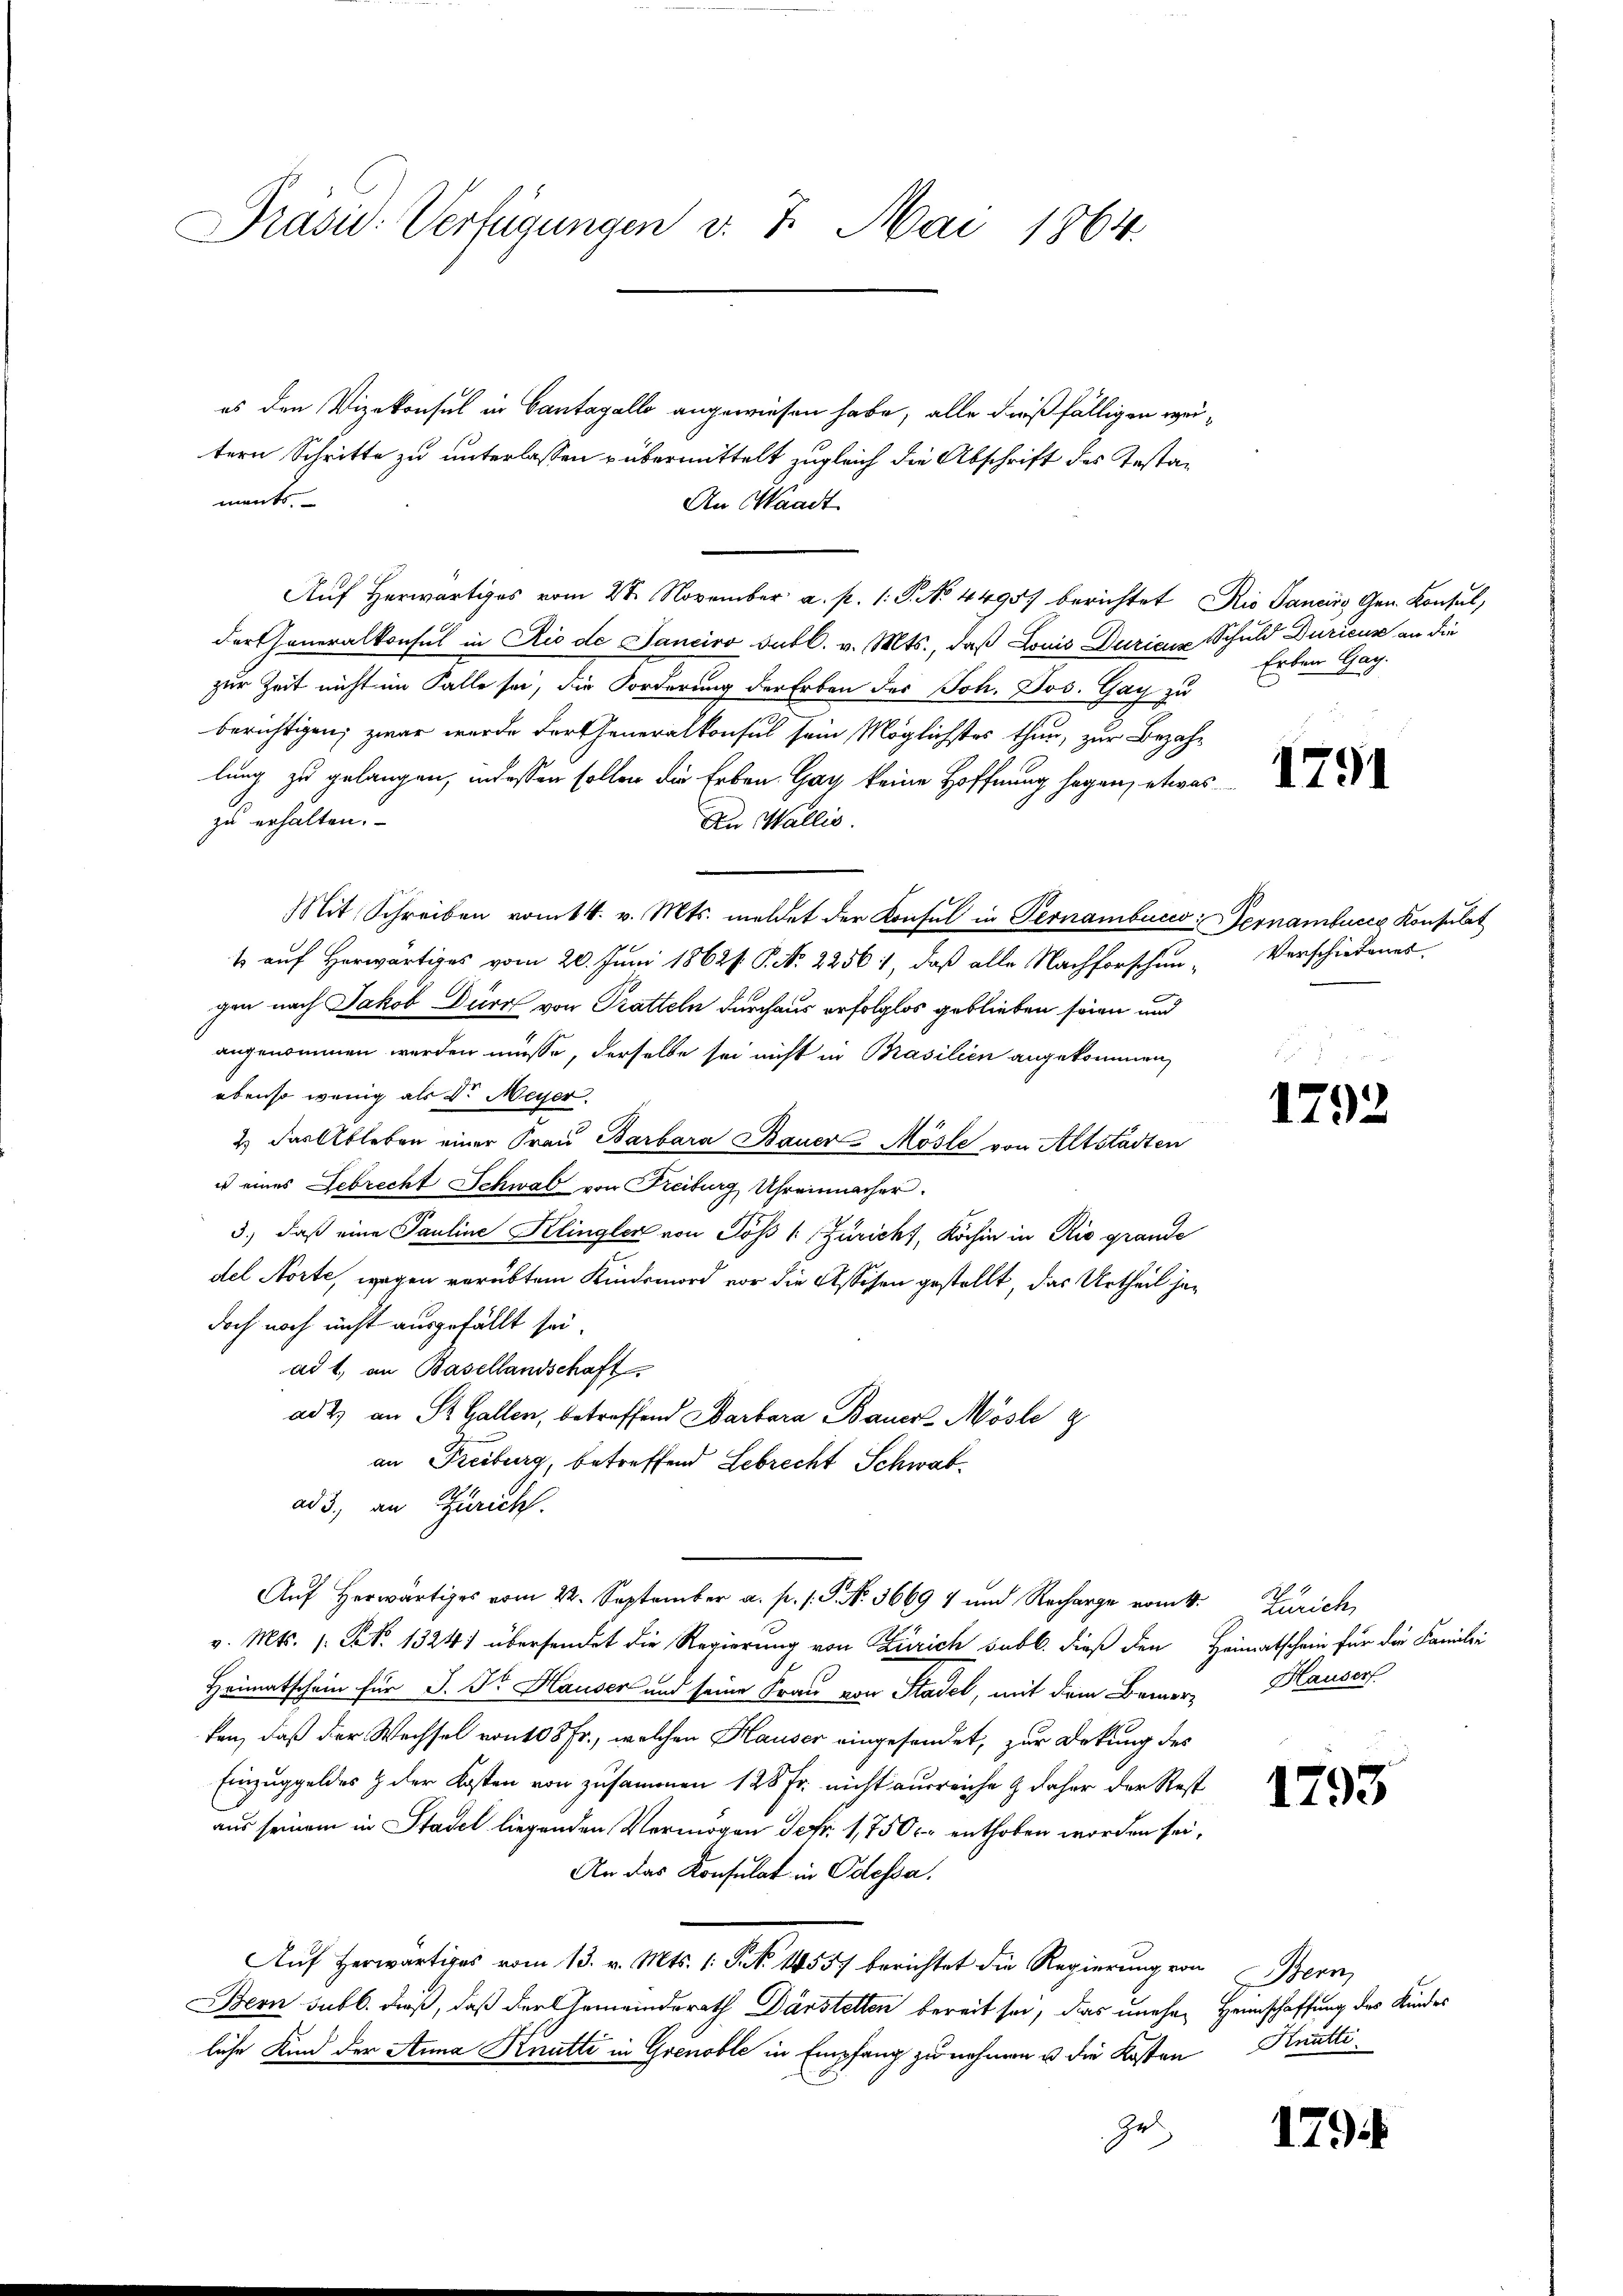
Präsid. Verfügungen v. 7. Mai 1864.

es den Vizekonsul in Cantagello angewiesen habe, alle dießfälligen weitern Schritte zu unterlassen übermittelt zugleich die Abschrift des Gestaments
An Waadt
Auf herwärtiges vom 2ten November a. p. 1. P. No 4495. berichtet Rio Sancirs Gen. Konsul,
dartheneralkonsul in Rio de Sanciro subl. v. Mts., daß Louis Duricus Schuld Dürieur an die
zur Zeit nicht im Falle sei, die Forderung der Erben des Joh. Jos. Gay zu
berichtigen; zwar wurde der Generalkonsul sein Möglichstes thun, zur Bezahlung zu gelangen, indessen sollen die Erben. Gay keine Hoffnung sagen, etwas
zu erhalten.
An Wallis.
Mit Schreiben vom 14. v. Mts. meldet der Konsul in Pernambucco: Pernambuccs Konsulat
s auf Herwärtiges vom 20. Juni 1862. P. N. 2256, daß alle Nachforschen-Verschiedenes.
gen nach Jakob Durch von Pratteln durchaus erfolglos geblieben seien und
angenommen werden müsse, derselbe sei nicht in Brasilien angekommen,
ebenso wenig als d. Meyer.
2 das Ableben einer Frau Barbara Bauer Mösle von Altstadten
u eines Gebrecht Schwab von Freiburg Uhrenmacher.
3.) daß eine Pauline Klingler von Söss /: Züricht, Kochin in Rio grande
del Norte, wegen verübtem Kindesmord vor die Assesen gestellt, das Urtheil jedoch noch nicht ausgefällt sei.
ad 1., an Basellandschaft
ad 2. an St. Gallen, betreffend Barbara Bauer Mösle g
an Freiburg, betreffend Lebrecht Schwab
ad 3., an Zürich.
Auf herwärtiges vom 22. September a. p. s. S. Nr. 36697 und Recharge vom 4. Zürich,
v. Mts. 1. No. 1324) übersendet die Regierung von Zürich sub b. dieß den Heimatschein für die Familie
Heimatschein für J. Dr Hauser und seine Frau von Stadel, mit dem Berner Hauser
ken, daß der Wechsel von 108 Fr., welchen Hauser eingesendet, zur Deckung des
Einzuggeldes & der Kosten von zusammen 128 Fr. nicht ausreiche & daher der Rest
aus seinem in Stadel liegenden Vermögen defr. 1,7500. enthoben worden sei,
An das Konsulat in Odessa.
Auf herwärtiges vom 13. v. Mts. 1. Frk. 14557 berichtet die Regierung von Bern
Bern sub b. dieß, daß der Gemeinderath Dürstetten bereit sei, das unehen Heimschaffung des Kindes
liche Kind der Anna Knutti in Grenoble in Empfang zu nehmen u die Kosten Knuttiges

Erben Gag.

1791

1792

1793

179